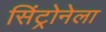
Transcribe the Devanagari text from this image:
सिंट्रोनेला